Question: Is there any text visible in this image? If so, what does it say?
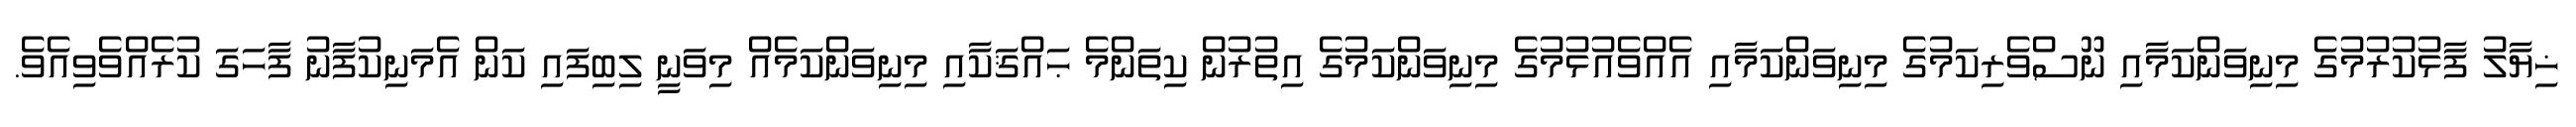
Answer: ޚިޔާލު ފާޅުކުރުމުގެ މިނިވަންކަމާއި ނޫސްވެރިކަމުގެ މިނިވަންކަމާއި އެއްވެއުޅުމުގެ މިނިވަންކަމުގެ އިތުރުން ކިތަންމެ ޙައްޤަކާއި މިނިވަންކަމެއް މިވަނީ ލިބިފައި ކަން އެމަނިކުފާނު ފާހަގަ ކުރެއްވެވިއެވެ.